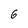
Character: 6